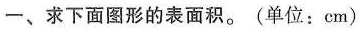
一、求下面图形的表面积。(单位：cm)